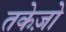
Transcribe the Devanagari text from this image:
तकेज़ो